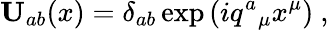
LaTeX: \mathbf{U}_{ab}(x)=\delta_{ab}\exp\left(iq^{a}{}_{\mu}x^{\mu}\right)\ ,